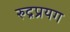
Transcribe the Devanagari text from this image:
रुद्रप्रयग